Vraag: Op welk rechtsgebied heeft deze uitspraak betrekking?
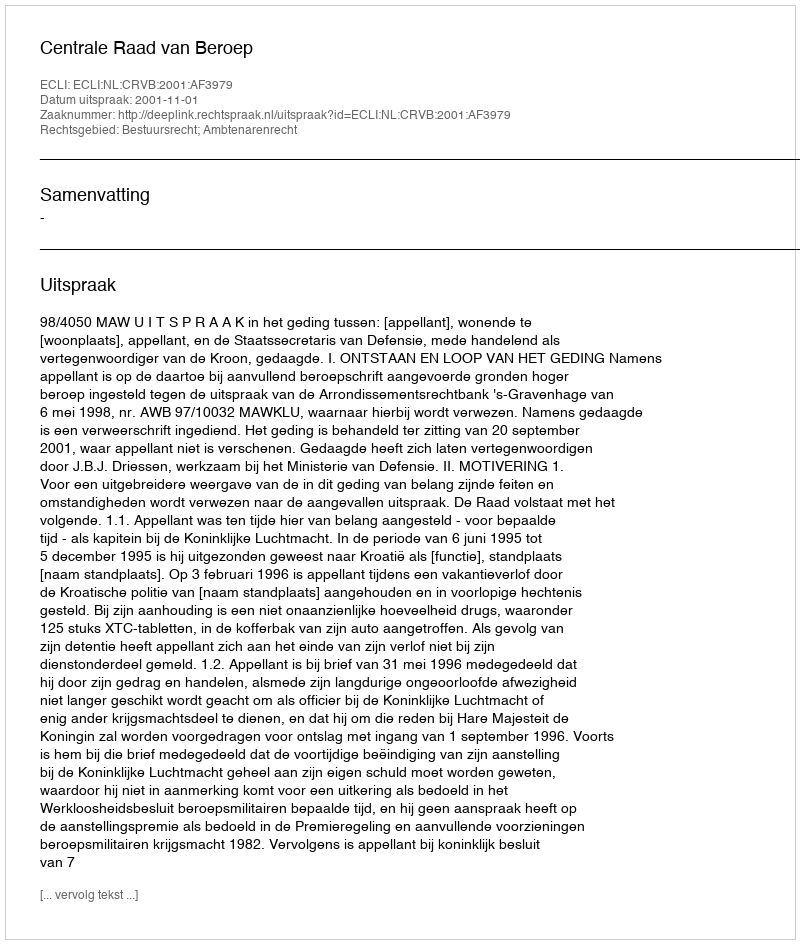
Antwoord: Bestuursrecht; Ambtenarenrecht